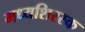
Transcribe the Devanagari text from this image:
मध्यशिरस्क